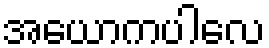
အယောကပါလေ